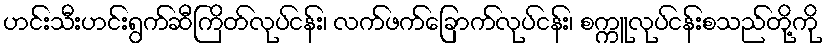
ဟင်းသီးဟင်းရွက်ဆီကြိတ်လုပ်ငန်း၊ လက်ဖက်ခြောက်လုပ်ငန်း၊ စက္ကူလုပ်ငန်းစသည်တို့ကို